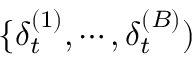
\{ \delta _ { t } ^ { ( 1 ) } , \cdots , \delta _ { t } ^ { ( B ) } )